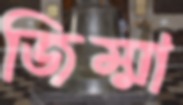
জিম্মা